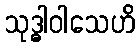
သုဒ္ဓါဝါသေဟိ